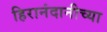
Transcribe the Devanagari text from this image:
हिरानंदानीच्या